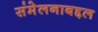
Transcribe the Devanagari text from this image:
संमेलनाबद्दल